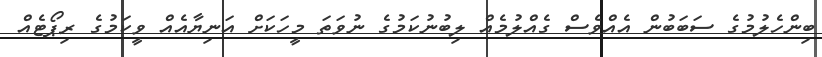
ބިންހެލުމުގެ ސަބަބުން އެއްވެސް ގެއްލުމެއް ލިބުނުކަމުގެ ނުވަތަ މީހަކަށް އަނިޔާއެއް ވީކަމުގެ ރިޕޯޓެއް